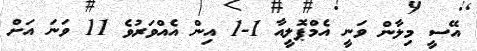
އޭސީ މިލާން ވަނީ އެމްޕޮލީއާ 1-1 އިން އެއްވަރުވެ 11 ވަނަ އަށް